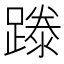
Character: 𨄇